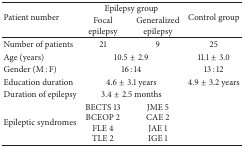
<table><thead><tr><td rowspan="2"><b>Patient number</b></td><td colspan="2"><b>Epilepsy group</b></td><td rowspan="2"><b>Control group</b></td></tr><tr><td><b>Focal epilepsy</b></td><td><b>Generalized epilepsy</b></td></tr></thead><tbody><tr><td>Number of patients</td><td>21</td><td>9</td><td>25</td></tr><tr><td>Age (years)</td><td colspan="2">10.5±2.9</td><td>11.1±3.0</td></tr><tr><td>Gender (M : F)</td><td colspan="2">16 : 14</td><td>13 : 12</td></tr><tr><td>Education duration</td><td colspan="2">4.6±3.1 years</td><td>4.9±3.2 years</td></tr><tr><td>Duration of epilepsy</td><td colspan="2">3.4±2.5 months</td><td> </td></tr><tr><td>Epileptic syndromes</td><td>BECTS 13BCEOP 2FLE 4TLE 2</td><td>JME 5CAE 2JAE 1IGE 1</td><td> </td></tr></tbody></table>